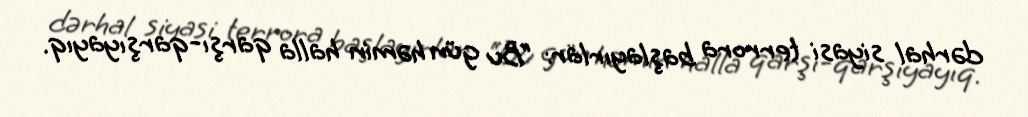
dərhal siyasi terrora başlayırlar: “Bu gün həmin halla qarşı-qarşıyayıq.